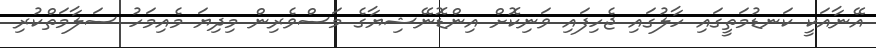
އޭނާއަކީ ކަނޑުމަތީގައި ހާލުގައި ޖެހިފައި ވަނިކޮށް އިންޑޮނޭޝިޔާގެ މަސްވެރިން މިދިޔަ މެއިމަހު ސަލާމަތްކުރި